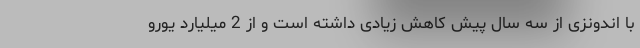
با اندونزی از سه سال پیش کاهش زیادی داشته است و از 2 میلیارد یورو